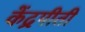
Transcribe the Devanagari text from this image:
केंद्रपीती